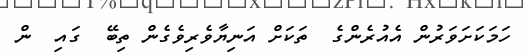
ހަމަކަށަވަރުން އެއުރެންގެ  ތަކަށް އަނިޔާވެރިވެގެން ތިބޭ  ގައި  ން